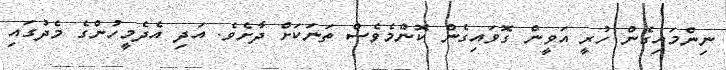
ނިންމައިގެން ހުރީ އަވީން ގޮވައިގެން ކޮންމެވެސް ތަނަކަށް ދާށެވެ. އަދި އެދެމީހުންގެ މެދުގައި